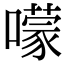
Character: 𡁏